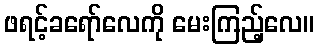
ဖရင့်ခရော်လေကို မေးကြည့်လေ။